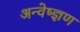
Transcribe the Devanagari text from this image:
अन्वेष्ज्ञण